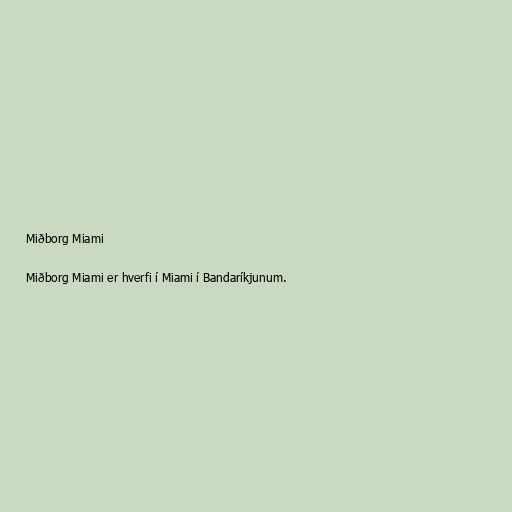
Miðborg Miami

Miðborg Miami er hverfi í Miami í Bandaríkjunum.